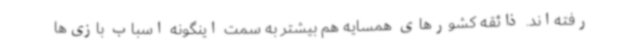
رفته‌اند. ذائقه کشورهای همسایه هم بیشتر به سمت اینگونه اسباب‌ بازی‌ها